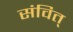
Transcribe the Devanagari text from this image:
संवित्